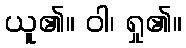
ယူ၏။ ဝါ၊ ရှု၏။